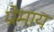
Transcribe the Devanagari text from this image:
प्रेमाय